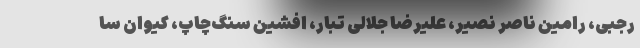
رجبی، رامین ناصر نصیر، علیرضا جلالی تبار، افشین سنگ‌چاپ، کیوان سا